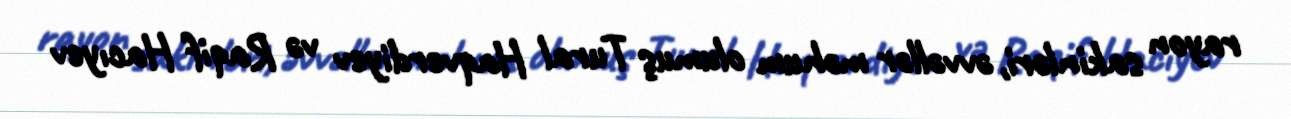
rayon sakinləri, əvvəllər məhum olumuş Tural Haqverdiyev və Raqif Hacıyev